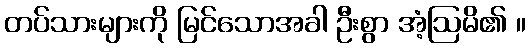
တပ်သားများကို မြင်သောအခါ ဦးစွာ အံ့ဩမိ၏ ။